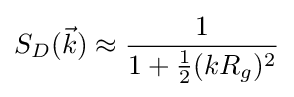
S_{D}({\vec {k}})\approx {\frac {1}{1+{\frac {1}{2}}(kR_{g})^{2}}}